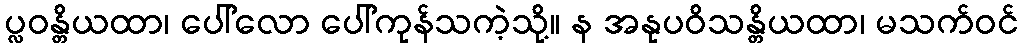
ပ္လဝန္တိယထာ၊ ပေါ်လော ပေါ်ကုန်သကဲ့သို့။ န အနုပဝိသန္တိယထာ၊ မသက်ဝင်